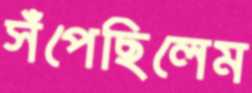
সঁপেছিলেম